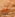
لم